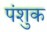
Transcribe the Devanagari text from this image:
पंशुक